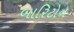
બારિટોન